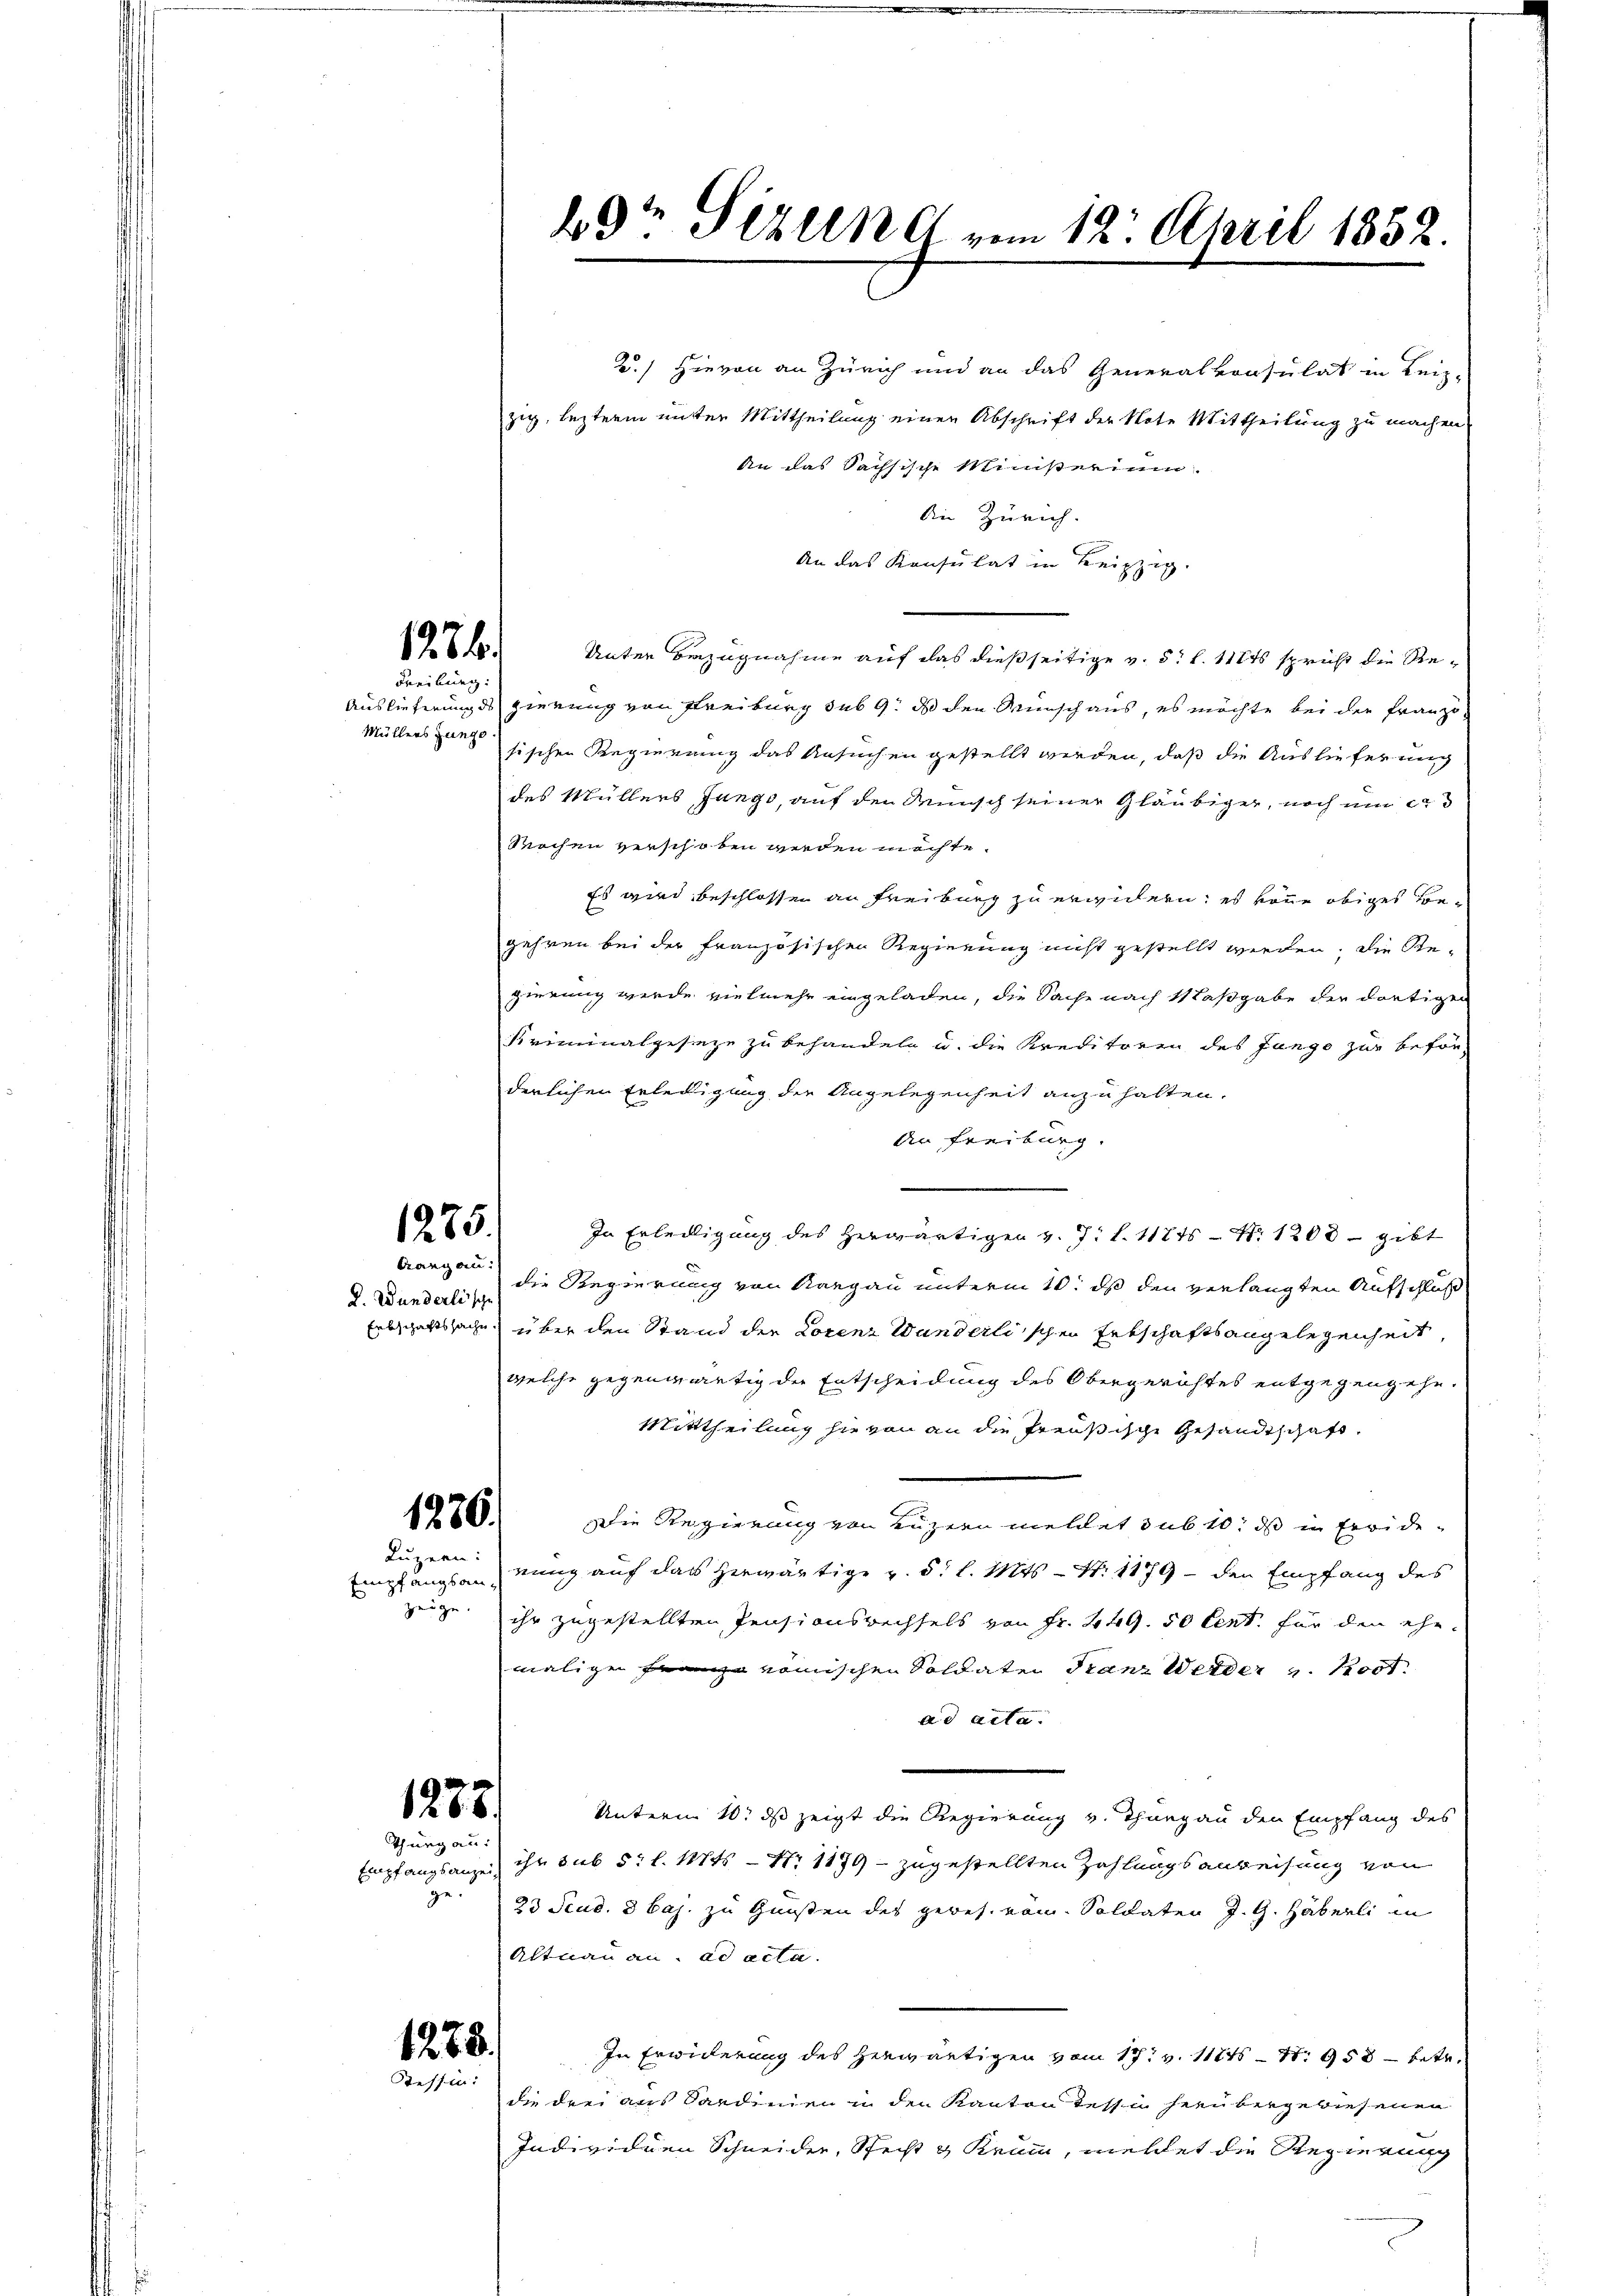
1236.
Freiburg.

Müllers Zunge

1275.
Crangen:

D. Wunderlische

2.) Hievon an Zürich und an das Generalkonsulat in Leiz-
zig, lezterm unter Mittheilung einen Abschrift der Note Mittheilung zu machen
An das Sachsische Ministerium
die Zürich.
An das Konsulat in Leipzig.
Unter Bezugnahme auf das dießseitige v. 5. d. 111 spricht die Re¬
Auslieferung des gierung von Freiburg sub 9. ds den Wunsch aus, es möchte bei der Franzo
sischen Regierung das Ansuchen gestellt werden, daß die Ausliefer nich
des Müllers Jungo, auf den Wunsch seiner Gläubiger, noch um er
Rochen verschoben werden möchte.
Es wird beschlossen an Freiburg zu erwidern; es könne obiges Begehren bei der französischen Regierung nicht gestellt werden, die Rezierung wurde vielmehr eingeladen, die Sache nach Maßgabe der dortigen
Kriminalgeseze zu behandeln u. die Kreditoren des Jungo zur Beför-
derlichen Erledigung der Angelegenheit anzuhalten.
An Freiburg.
In Erledigung des herwärtigen v. J. l. 11715 - No. 1208. gibt
die Regierung von Aargau unterm 10. ds den verlangten Aufschluß
Erbschaftssache über den Stand der Lorenz Wanderlischen Entschaftsangelegenheit,
welche gegenwärtig der Entscheidung des Obergerichtes entgegengehe.
Mittheilung hievon an die Preußische Gesandtschaft,
die Regierung von Luzern meldet sub 10. ds in Freide
Luzern nung auf das herwärtige v. 5. l. Mts. — N. 1179 - den Empfang des
zeige, ihr zugestellten Pensionsrechsels von Fr. 449. 50 Cent für den ehemalige Frömischen Soldaten Franz Weider Post.
ad acta.
Unterm 10. ds zeigt die Regierung v. Thurgau den Empfang des
Empfangsanzen ihr sub 5t l. Mts. — Nr 1179 - zugestellten Zahlungsanweisung von
23 Stud. 3 Caj. zu Gunsten des gewes. vom Soldaten J. G. Häberli in
Altnau an. ad acta.
In Erwiderung des herwärtigen vom 17t v. 111 S. 958 betr.
die drei aus Sardinien in den Kanton dessen herübergewiesenen
Individuen Schneiden, Stecht 3 Krum, mellet die Regierung

1236.

Empfangsan

1283.
Thurgau:

ge.

1288.
Tessin:

29t Sizung vom 12. April 1832.